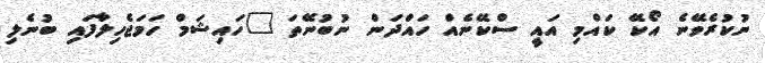
ނުކުރެވޭނެ އޯކޭ ކައްމި އައީ ސްކޭނެއް ހައްދަން ނުބުނޭތަ "ހައިޝަމް ހަމަޖެހިލާފައި ބުނެލި